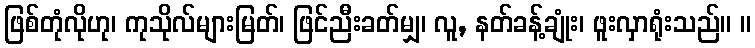
ဖြစ်တုံလိုဟု၊ ကုသိုလ်များမြတ်၊ ဖြင်ညီးခတ်မျှ၊ လူ, နတ်ခန့်ချုံး၊ ဖူးလှာရုံးသည်။ ။